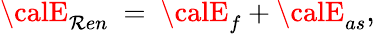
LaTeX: {\calE}_{\mathcal{R}en}\ =\ {\calE}_{f}+{\calE}_{as},